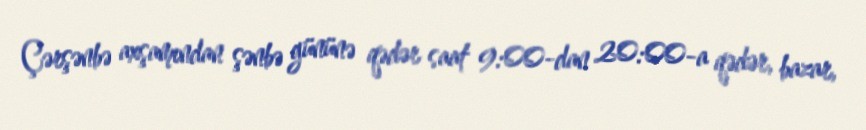
Çərşənbə axşamından şənbə gününə qədər saat 9:00-dan 20:00-a qədər, bazar,